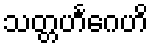
သတ္တဟင်္ဂေဟိ